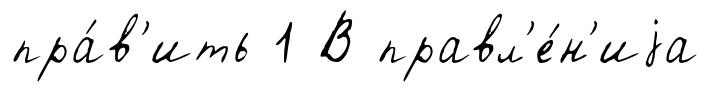
пра́в'ить 1 В правл'е́н'иjа